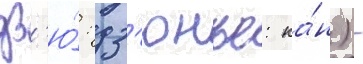
дз'ю́: дз'юнъе: ка́н) -